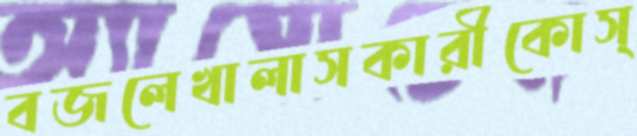
বজলেখালাসকারীকোস্